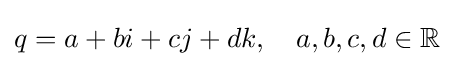
q=a+bi+cj+dk,\quad a,b,c,d\in \mathbb {R} \!